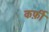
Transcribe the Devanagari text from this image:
कर्फ़ी